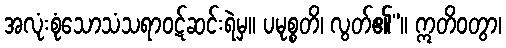
အလုံးစုံသောသံသရာဝဋ်ဆင်းရဲမှ။ ပမုစ္စတိ၊ လွတ်၏”။ ဣတိဝတွာ၊